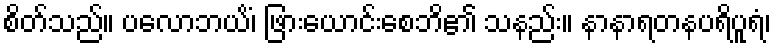
စိတ်သည်။ ပလောဘယိံ၊ ဖြားယောင်းစေဘိ၏ သနည်း။ နာနာရတနပရိပူရံ၊